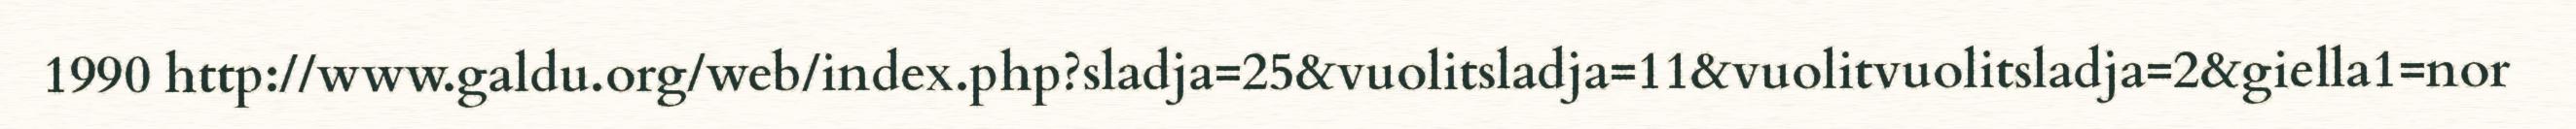
1990 http://www.galdu.org/web/index.php?sladja=25&vuolitsladja=11&vuolitvuolitsladja=2&giella1=nor